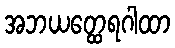
အဘယတ္ထေရဂါထာ